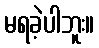
မရခဲ့ပါဘူး။